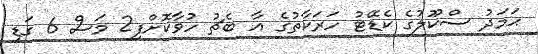
ޙަމަދު ސްކޫލުގެ ކެޑޭޓު ހަރަކާތުގެ އާ ބެޗު ހުވާކޮށްފި2 މަސް 6 ގަޑި